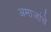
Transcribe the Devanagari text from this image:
अमाजांचे